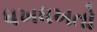
ધખધખતો